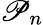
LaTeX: \mathscr{P}_{n}